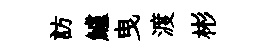
訪鱸曳渡彬